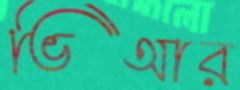
ভিআর